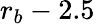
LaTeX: r_{b}-2.5\